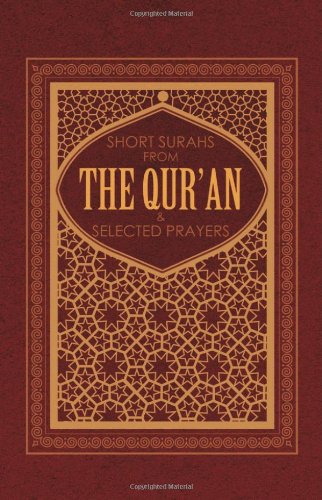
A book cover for Short Suras from the Quran & Selected Prayers; Ali Unal; Teen & Young Adult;